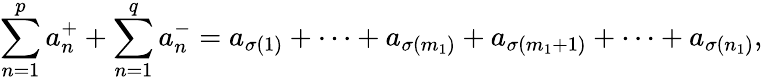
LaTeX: \sum_{n=1}^{p}a_{n}^{+}+\sum_{n=1}^{q}a_{n}^{-}=a_{\sigma(1)}+\cdots+a_{\sigma(m_{1})}+a_{\sigma(m_{1}+1)}+\cdots+a_{\sigma(n_{1})},